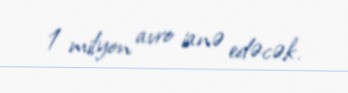
1 milyon avro ianə edəcək.